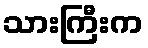
သားကြီးက